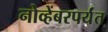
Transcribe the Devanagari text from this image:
नोव्हेंबरपर्यंत